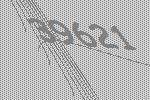
39621